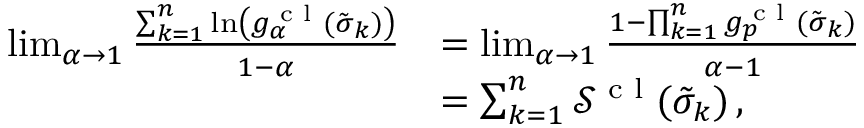
\begin{array} { r l } { \operatorname* { l i m } _ { \alpha \to 1 } \frac { \sum _ { k = 1 } ^ { n } \ln \left( g _ { \alpha } ^ { \textrm { c l } } ( \tilde { \sigma } _ { k } ) \right) } { 1 - \alpha } } & { = \operatorname* { l i m } _ { \alpha \to 1 } \frac { 1 - \prod _ { k = 1 } ^ { n } g _ { p } ^ { \textrm { c l } } ( \tilde { \sigma } _ { k } ) } { \alpha - 1 } } \\ & { = \sum _ { k = 1 } ^ { n } \mathcal { S } ^ { \textrm { c l } } ( \tilde { \sigma } _ { k } ) \, , } \end{array}